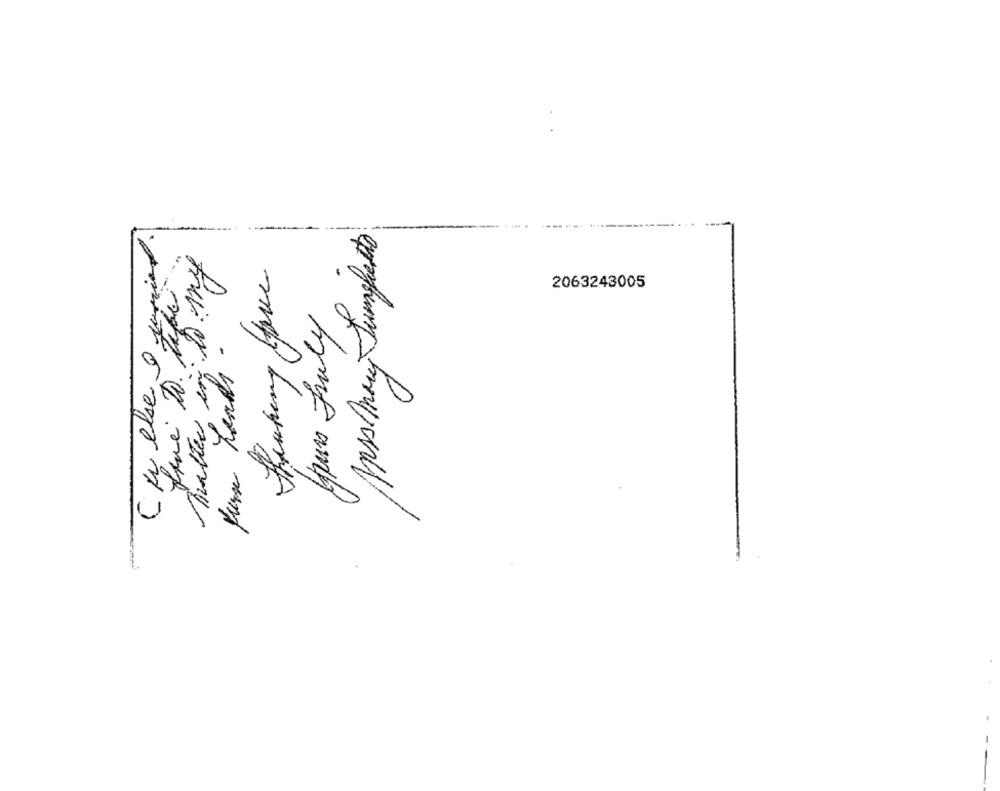
Matter in to my
Thinking Have
2063243005
yours truly
0
Kurse Lands